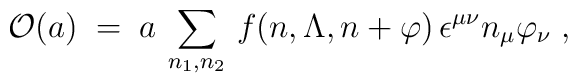
{\cal O} (a) \;=\; a \, \sum_{n_1,n_2} \, f (n,\Lambda, n+ \varphi ) \,\epsilon^{\mu \nu} n_{\mu} \varphi_{\nu} \;,